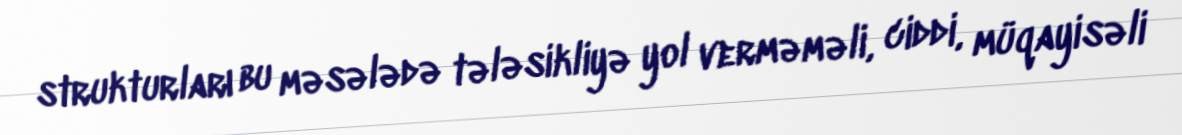
strukturları bu məsələdə tələsikliyə yol verməməli, ciddi, müqayisəli